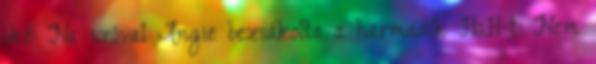
oké: Na szóval Angie bezsákolta a harmadik HoH-t: Nem